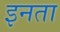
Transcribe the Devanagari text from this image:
इनता